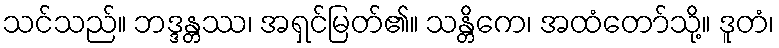
သင်သည်။ ဘဒ္ဒန္တဿ၊ အရှင်မြတ်၏။ သန္တိကေ၊ အထံတော်သို့။ ဒူတံ၊